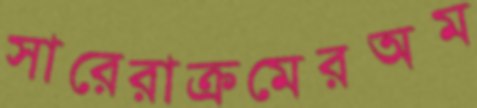
সারেরাক্রমেরঅম